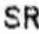
SR